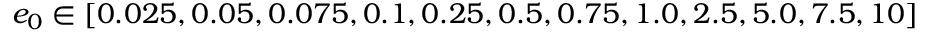
e _ { 0 } \in [ 0 . 0 2 5 , 0 . 0 5 , 0 . 0 7 5 , 0 . 1 , 0 . 2 5 , 0 . 5 , 0 . 7 5 , 1 . 0 , 2 . 5 , 5 . 0 , 7 . 5 , 1 0 ]